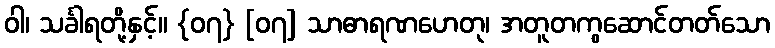
ဝါ၊ သင်္ခါရတို့နှင့်။ {၀၇} [၀၇] သာဓာရဏဟေတု၊ အတူတကွဆောင်တတ်သော